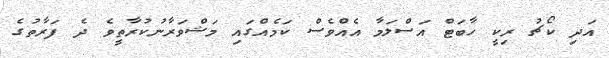
އަދި ކޯޗު ރިކީ ހާބަޓް އަސްލަމާ އެއްވެސް ކަމެއްގައި މަޝްވަރާނުކުރާތީވެ ދެ ފަރާތުގެ